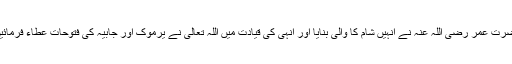
حضرت عمر رضی اللہ عنہ نے انہیں شام کا والی بنایا اور انہی کی قیادت میں اللہ تعالیٰ نے یرموک اور جابیہ کی فتوحات عطاء فرمائیں ۔